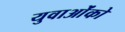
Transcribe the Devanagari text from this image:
युवाओंको